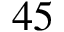
4 5